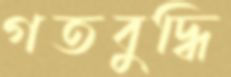
গতবুদ্ধি